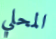
المحلي